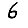
Digit: 6